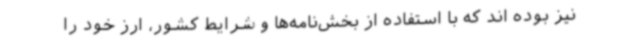
نیز بوده اند که با استفاده از بخش‌نامه‌ها و شرایط کشور، ارز خود را